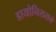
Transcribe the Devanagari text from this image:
डायोनिससने